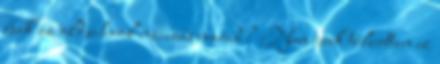
csak az oldschool nácizás marad? Nem csak túlzottan ez